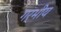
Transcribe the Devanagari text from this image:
गर्भीय